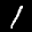
Label: 1